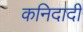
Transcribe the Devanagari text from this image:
कनिदादी